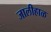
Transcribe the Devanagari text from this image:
जालीहाळ